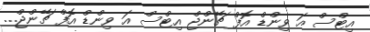
އިޓްސް އަ ވިންޑް އޮފް ޗޭންޖް އިޓްސް އަ ވިންޑް އޮފް ޗޭންޖް...